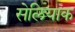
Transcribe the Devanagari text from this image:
सेलियाक